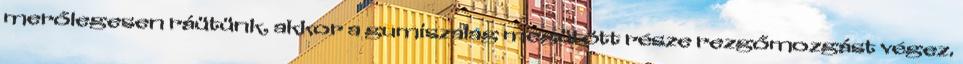
merőlegesen ráütünk, akkor a gumiszalag megütött része rezgőmozgást végez.